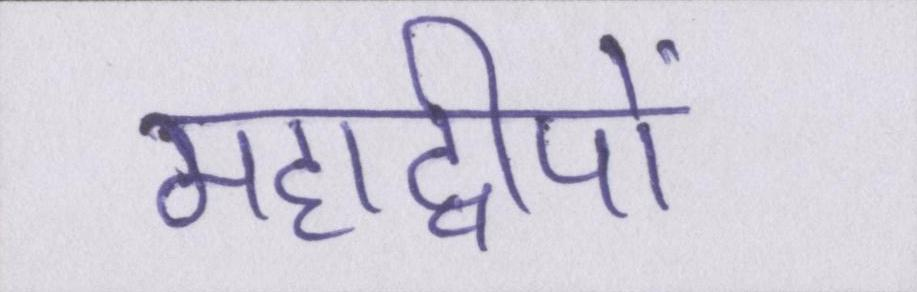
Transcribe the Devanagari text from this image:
महाद्वीपों